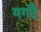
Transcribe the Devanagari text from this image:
मगदै